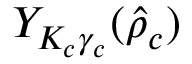
Y _ { K _ { c } \gamma _ { c } } ( \hat { \rho } _ { c } )